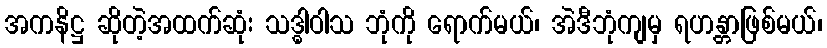
အကနိဋ္ဌ ဆိုတဲ့အထက်ဆုံး သဒ္ဓါဝါသ ဘုံကို ရောက်မယ်၊ အဲဒီဘုံကျမှ ရဟန္တာဖြစ်မယ်၊